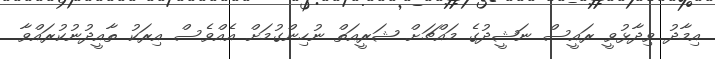
އިމާދު ވިދާޅުވީ ރައީސް ނަޝީދުގެ މައްޗަށް ޝަރީއަތް ނުހިންގުމަށް އެއްވެސް އިރަކު ތާއީދުނުކުރައްވާ